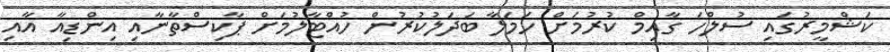
ކަޝްމީރުގައި ސުލްހަ ގާއިމް ކުރުމަށް ހަމަލާ ބަދަލުކުރުން ހުއްޓާލުމަށް ޕާކިސްތާނާއި އިންޑިއާ އާއި